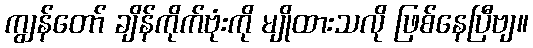
ကျွန်တော် ချိန်ကိုက်ဗုံးကို မျိုထားသလို ဖြစ်နေပြီဗျ။